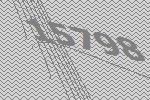
15798